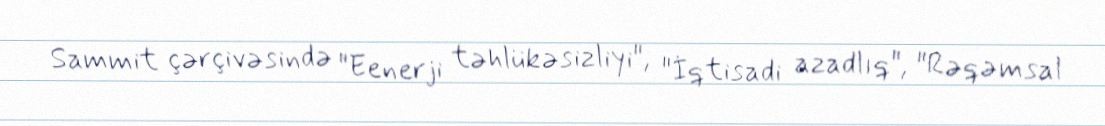
Sammit çərçivəsində "Eenerji təhlükəsizliyi", "İqtisadi azadlıq", "Rəqəmsal